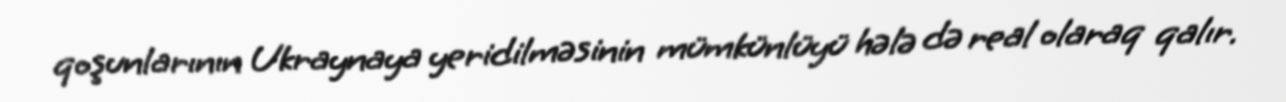
qoşunlarının Ukraynaya yeridilməsinin mümkünlüyü hələ də real olaraq qalır.